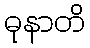
ဓုနာတိ